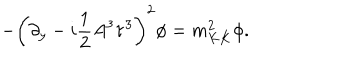
- \left( \partial _ { y } - i \frac { 1 } { 2 } A ^ { 3 } \tau ^ { 3 } \right) ^ { 2 } \phi = m _ { K K } ^ { 2 } \phi .